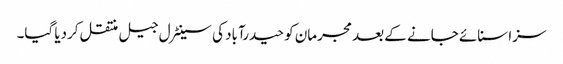
سزا سنائے جانے کے بعد مجرمان کو حیدرآباد کی سینٹرل جیل منتقل کردیا گیا۔